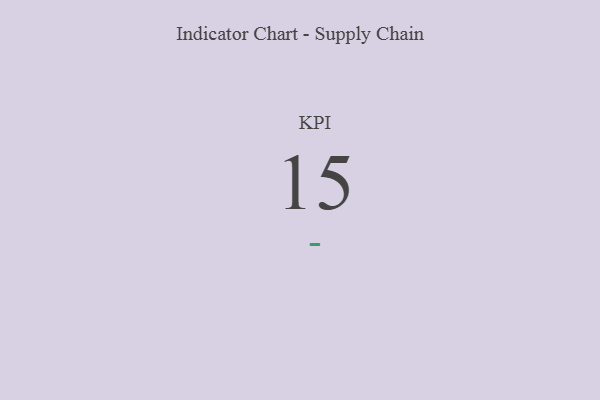
{"axis": {"x": "KPI", "y": "Value"}, "legend": [""], "data": [{"x": "KPI", "y": 15, "type": ""}]}